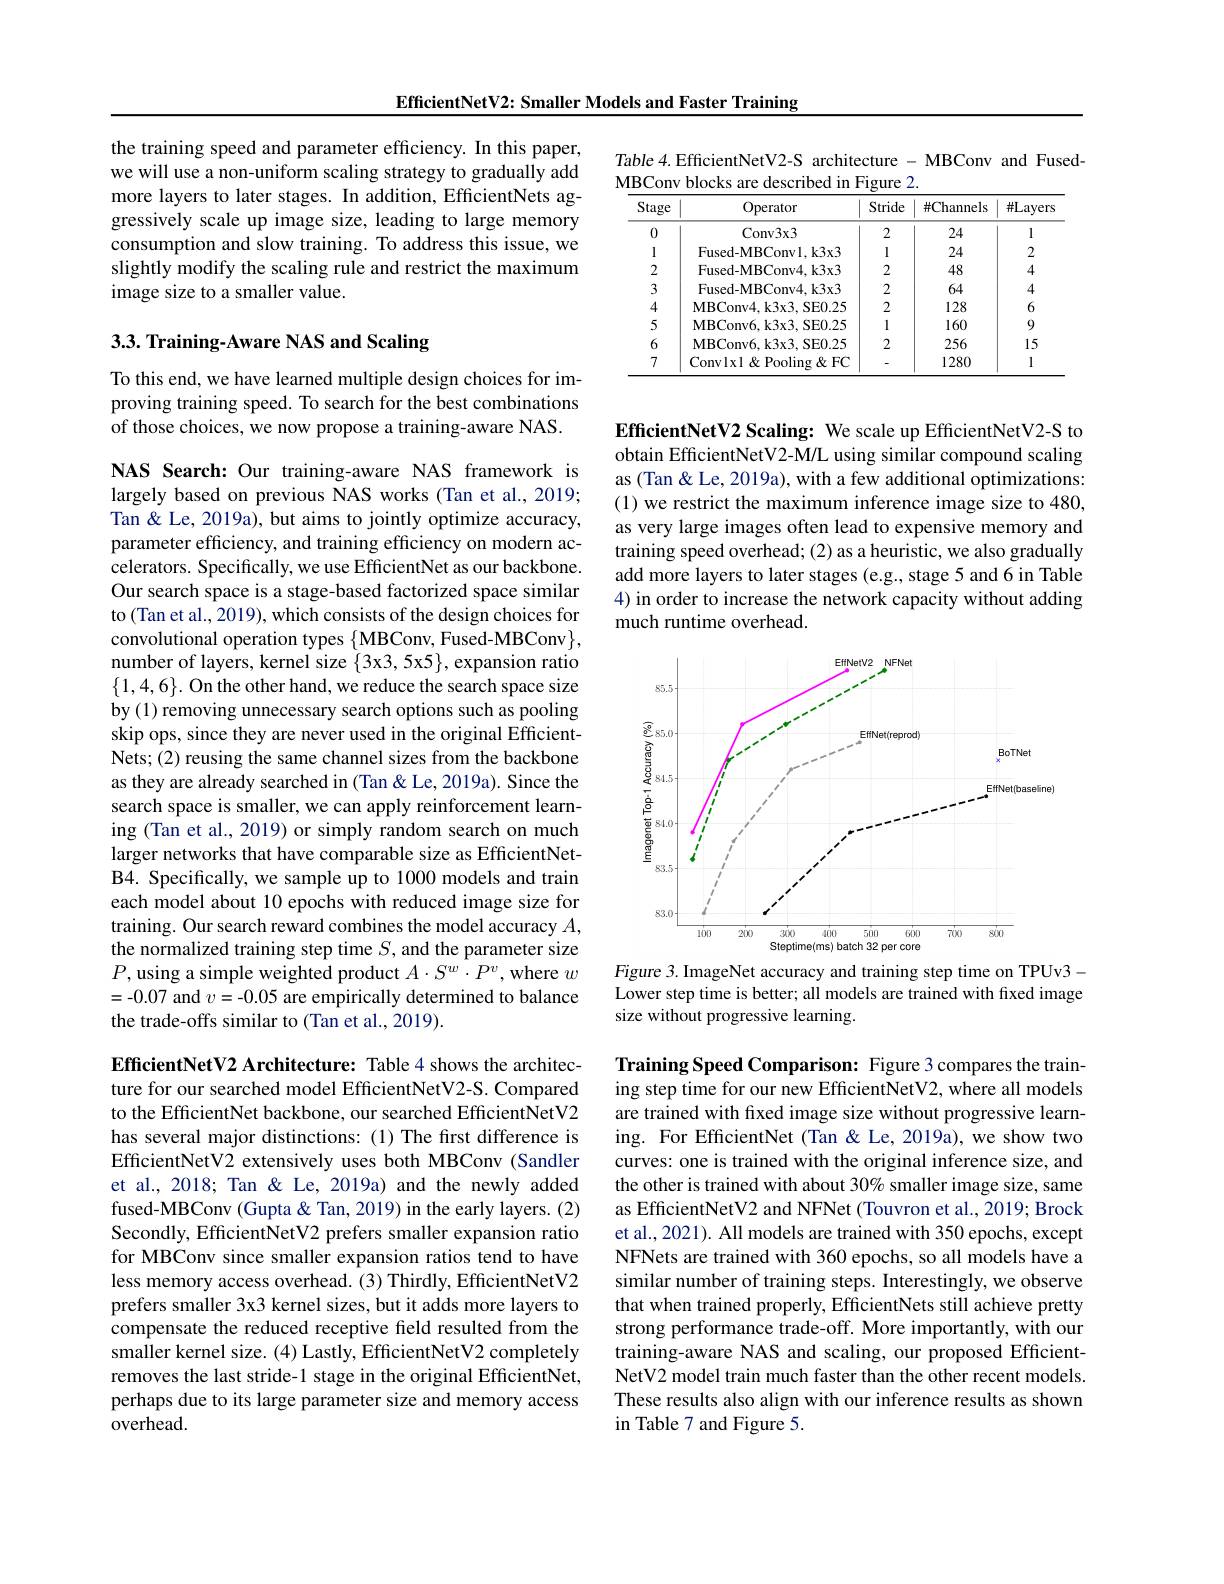
EfficientNetV2: Smaller Models and Faster Training

the training speed and parameter efficiency. In this paper, we will use a non-uniform scaling strategy to gradually add more layers to later stages. In addition, EfficientNets aggressively scale up image size, leading to large memory consumption and slow training. To address this issue, we slightly modify the scaling rule and restrict the maximum image size to a smaller value.

# 3.3. Training- Aware NAS and Scaling

To this end, we have learned multiple design choices for improving training speed. To search for the best combinations of those choices, we now propose a training-aware NAS.

NAS Search: Our training-aware NAS framework is largely based on previous NAS works (Tan et al., 2019; Tan & Le, 2019a), but aims to jointly optimize accuracy, parameter efficiency, and training efficiency on modern accelerators. Specifically, we use EfficientNet as our backbone. Our search space is a stage-based factorized space similar to (Tan et al., 2019), which consists of the design choices for convolutional operation types $\{$MBConv, Fused-MBConv$\}$, number of layers, kernel size $\{3x3,5x5\}$, expansion ratio $\{1,4,6\}.$ On the other hand, we reduce the search space size by (1) removing unnecessary search options such as pooling skip ops, since they are never used in the original EfficientNets; (2) reusing the same channel sizes from the backbone as they are already searched in (Tan &Le, 2019a). Since the search space is smaller, we can apply reinforcement learning (Tan et al., 2019) or simply random search on much larger networks that have comparable size as EfficientNetB4. Specifically, we sample up to 1000 models and train each model about 10 epochs with reduced image size for training. Our search reward combines the model accuracy $A$, the normalized training step time $S$, and the parameter size $P$,using a simple weighted product $A\cdot S^w\cdot P^v$, where $w$ =-0.07 and $v=-0.05$ are empirically determined to balance the trade-offs similar to (Tan et al., 2019).

EfficientNetV2 Architecture: Table 4 shows the architecture for our searched model EfficientNetV2-S. Compared to the EfficientNet backbone, our searched EfficientNetV2 has several major distinctions: (1) The first difference is EfficientNetV2 extensively uses both MBConv (Sandler et al., 2018; Tan & Le, 2019a) and the newly added fused-MBConv (Gupta& Tan, 2019) in the early layers. (2) Secondly, EfficientNetV2 prefers smaller expansion ratio for MBConv since smaller expansion ratios tend to have less memory access overhead. (3) Thirdly, EfficientNetV2 prefers smaller 3x3 kernel sizes, but it adds more layers to compensate the reduced receptive field resulted from the smaller kernel size. (4) Lastly, EfficientNetV2 completely removes the last stride-1 stage in the original EfficientNet, perhaps due to its large parameter size and memory access ${\mathrm{overhead}}.$

Table 4. EfficientNetV2-S architecture - MBConv and Fused-
MBConv blocks are described in Figure 2.
<table>
	<tbody>
		<tr>
			<th>Stage</th>
			<th>Operator</th>
			<th>Stride</th>
			<th>$\#\mathbb{C}$hannels</th>
			<th>#Layers</th>
		</tr>
		<tr>
			<td>0</td>
			<td>Conv3x3</td>
			<td>2</td>
			<td>24</td>
			<td>l</td>
		</tr>
		<tr>
			<td>l</td>
			<td>Fused-MBConvl.k3x3</td>
			<td>1</td>
			<td>24</td>
			<td>2</td>
		</tr>
		<tr>
			<td>2</td>
			<td>Fused-MBConv4.k3x3</td>
			<td>2</td>
			<td>48</td>
			<td>4</td>
		</tr>
		<tr>
			<td>3</td>
			<td>Fused-MBConv4.k3x3</td>
			<td>2</td>
			<td>64</td>
			<td>4</td>
		</tr>
		<tr>
			<td>4</td>
			<td>MBConv4. k3x3. SE0. 25</td>
			<td>2</td>
			<td>128</td>
			<td>6</td>
		</tr>
		<tr>
			<td>5</td>
			<td>MBConv6. k3x3, SE0. 25</td>
			<td>1</td>
			<td>160</td>
			<td>9</td>
		</tr>
		<tr>
			<td>6</td>
			<td>MBConv6. k3x3, SE0. 25</td>
			<td>2</td>
			<td>256</td>
			<td>15</td>
		</tr>
		<tr>
			<td>7</td>
			<td>Convlxl$\&$PoolingFC</td>
			<td> </td>
			<td>1280</td>
			<td>l</td>
		</tr>
	</tbody>
</table>

EfficientNetV2 Scaling: We scale up EfficientNetV2-S to obtain EfficientNetV2-M/L using similar compound scaling as (Tan & Le, 2019a), with a few additional optimizations: (1) we restrict the maximum inference image size to 480, as very large images often lead to expensive memory and training speed overhead; (2) as a heuristic, we also gradually add more layers to later stages (e.g., stage 5 and 6 in Table 4) in order to increase the network capacity without adding much runtime overhead.

<FigureHere>

Figure 3. ImageNet accuracy and training step time on TPUv3- Lower step time is better; all models are trained with fixed image size without progressive learning.

Training Speed Comparison: Figure 3 compares the training step time for our new EfficientNetV2, where all models are trained with fxed image size without progressive learning. For EfficientNet (Tan &Le,2019a), we show two curves: one is trained with the original inference size, and the other is trained with about 30% smaller image size, same as EfficientNetV2 and NFNet (Touvron et al., 2019; Brock et al., 2021). All models are trained with 350 epochs, except NFNets are trained with 360 epochs, so all models have a similar number of training steps. Interestingly, we observe that when trained properly, EfficientNets still achieve pretty strong performance trade-off. More importantly, with our training-aware NAS and scaling, our proposed EfficientNetV2 model train much faster than the other recent models. These results also align with our inference results as shown in Table 7 and Figure 5.